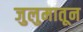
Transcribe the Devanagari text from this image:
जुलुमातून